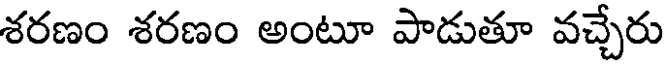
శరణం శరణం అంటూ పాడుతూ వచ్చేరు